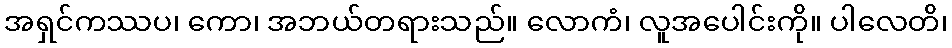
အရှင်ကဿပ၊ ကော၊ အဘယ်တရားသည်။ လောကံ၊ လူအပေါင်းကို။ ပါလေတိ၊